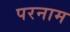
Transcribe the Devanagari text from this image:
परनाम